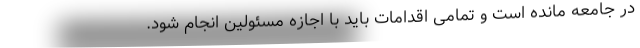
در جامعه مانده است و تمامی اقدامات باید با اجازه مسئولین انجام شود.